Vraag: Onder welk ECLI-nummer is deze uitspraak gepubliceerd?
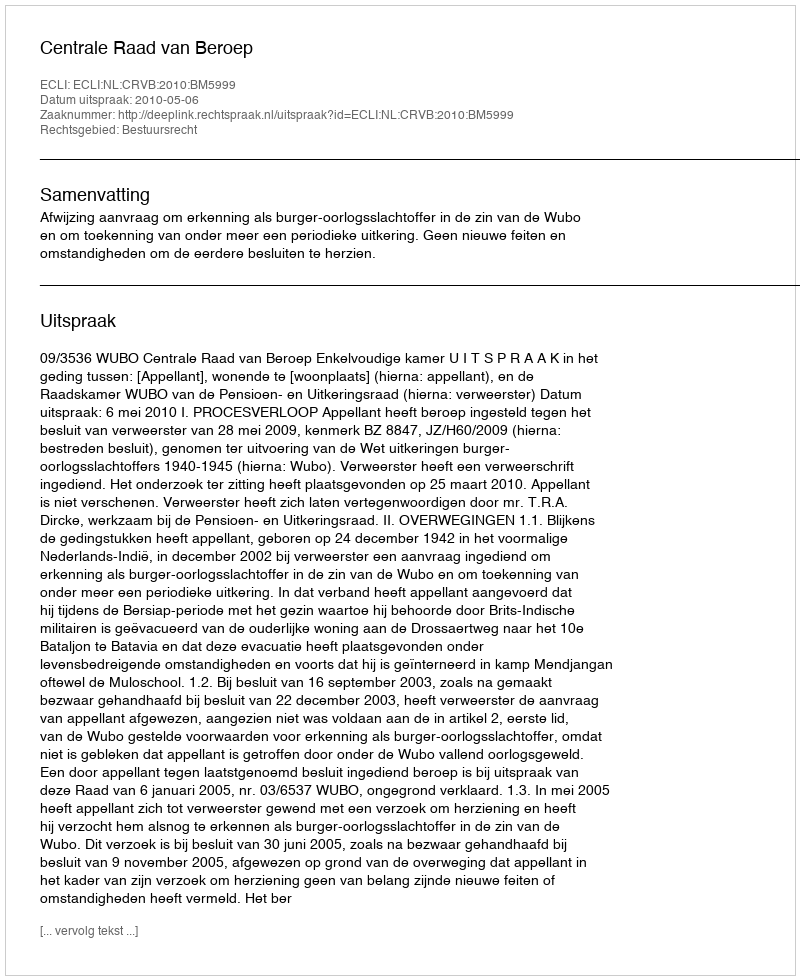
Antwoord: ECLI:NL:CRVB:2010:BM5999